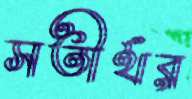
সতীর্থর